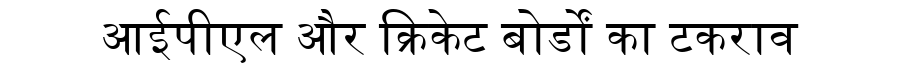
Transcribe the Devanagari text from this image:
आईपीएल और क्रिकेट बोर्डों का टकराव